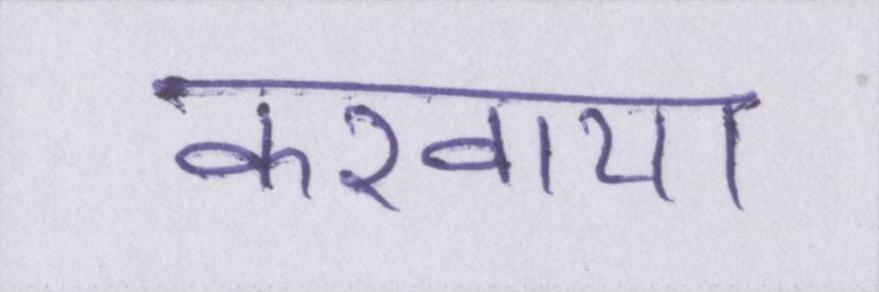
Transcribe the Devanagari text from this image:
करवाया